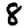
Digit: 8